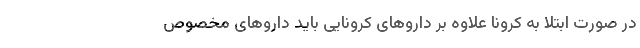
در صورت ابتلا به کرونا علاوه بر دارو‌های کرونایی باید دارو‌های مخصوص